Document type: Sale
Year: 1323
Scribe: Guillem Coscoll
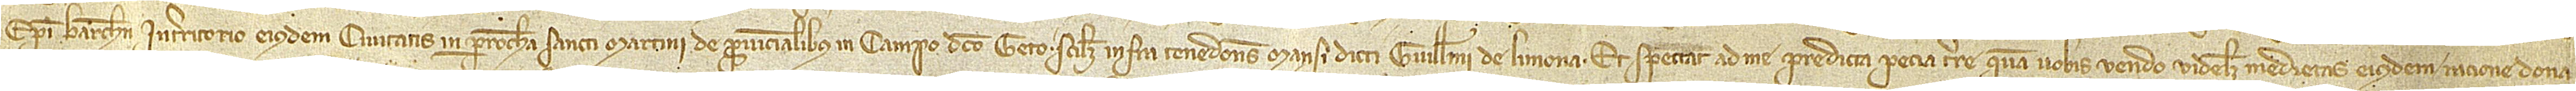
episcopi Barchinone, in territorio eiusdem civitatis, in parrochia Sancti Martini de Provincialibus, in campo dicto Geto, scilicet infra tenedones mansi dicti Guillelmi de Limona. Et spectat ad me predicta pecia terre quam vobis vendo, videlicet, medietas eiusdem ratione dona-